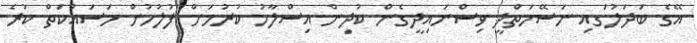
އޭގެ ބަދަލުގައި ނަސޭހަތްދީ ވިސްނައިދީގެން ކުދިން އިސްލާހު ކުރުމަށް ފުލުހުން މަސައްކަތް ކުރެ